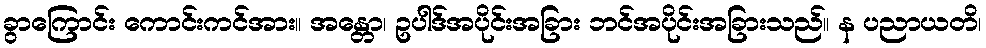
ခွာကြောင်း ကောင်းကင်အား။ အန္တော၊ ဥပါဒ်အပိုင်းအခြား ဘင်အပိုင်းအခြားသည်။ န ပညာယတိ၊